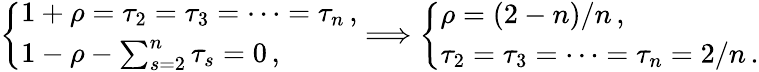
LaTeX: \left\{ \begin{array}{l}{{1+\rho=\tau_{2}=\tau_{3}=\cdots=\tau_{n}\, ,}}\\ {{1-\rho-\sum_{s=2}^{n}\tau_{s}=0\, ,}}\end{array}\right.\Longrightarrow\left\{ \begin{array}{l}{{\rho=(2-n)/n\, ,}}\\ {{\tau_{2}=\tau_{3}=\cdots=\tau_{n}=2/n\, .}}\end{array}\right.